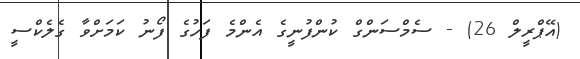
(އޭޕްރީލް 26) - ސެމްސަންގް ކުންފުނީގެ އެންމެ ފަހުގެ ފޯނު ކަމަށްވާ ގެލެކްސީ